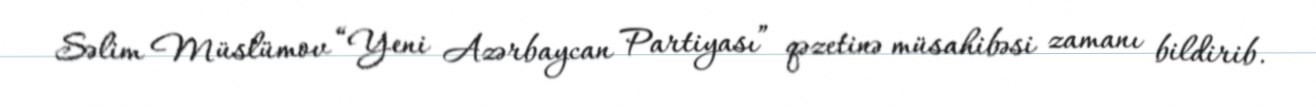
Səlim Müslümov “Yeni Azərbaycan Partiyası” qəzetinə müsahibəsi zamanı bildirib.